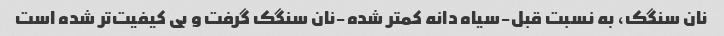
نان سنگک، به نسبت قبل-سیاه دانه کمتر شده-نان سنگک گرفت و بی کیفیت‌تر شده است